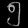
Digit: ၅